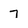
Character: 7